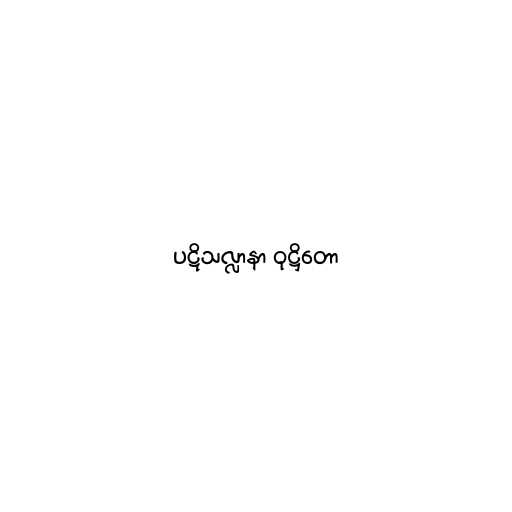
ပဋိသလ္လာနာ ဝုဋ္ဌိတော